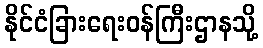
နိုင်ငံခြားရေးဝန်ကြီးဌာနသို့